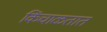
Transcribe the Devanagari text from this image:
किंचाळतात